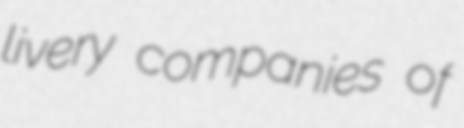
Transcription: livery companies of